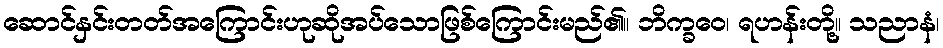
ဆောင်နှင်းတတ်အကြောင်းဟုဆိုအပ်သောဖြစ်ကြောင်းမည်၏။ ဘိက္ခဝေ၊ ရဟန်းတို့။ သညာနံ၊